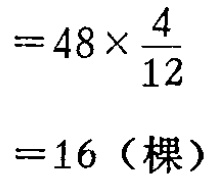
\[

\begin{align*}

&=48\times\frac{4}{12}\\

&=16（\text{棵}）

\end{align*}

\]